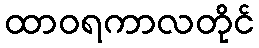
ထာဝရကာလတိုင်